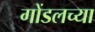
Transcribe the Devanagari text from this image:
गोंडलच्या